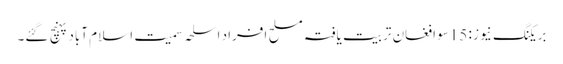
بریکنگ نیوز : 15سو افغان تربیت یافتہ مسلح افراد اسلحہ سمیت اسلام آباد پہنچ گئے۔